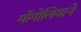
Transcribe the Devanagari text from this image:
मोंगोलियाने